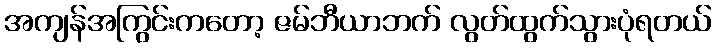
အကျန်အကြွင်းကတော့ ဇမ်ဘီယာဘက် လွတ်ထွက်သွားပုံရတယ်